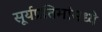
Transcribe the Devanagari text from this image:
सूर्यप्रतिमांमध्ये